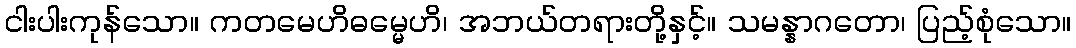
ငါးပါးကုန်သော။ ကတမေဟိဓမ္မေဟိ၊ အဘယ်တရားတို့နှင့်။ သမန္နာဂတော၊ ပြည့်စုံသော။